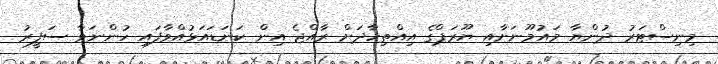
މިނިސްޓަރު ދުންޔާ މައުމޫނަށާއި ޔޫރަޕްގެ އިއްތިހާދަށް ރާއްޖެ އިން ކަނަޑައަޅުއްވާފައި ހުންނަވާ ސަފީރު